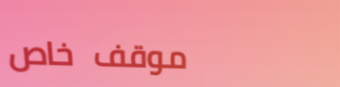
موقف خاص